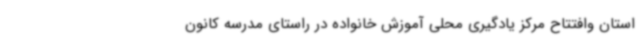
استان وافتتاح مرکز یادگیری محلی آموزش خانواده در راستای مدرسه کانون